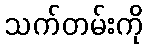
သက်တမ်းကို